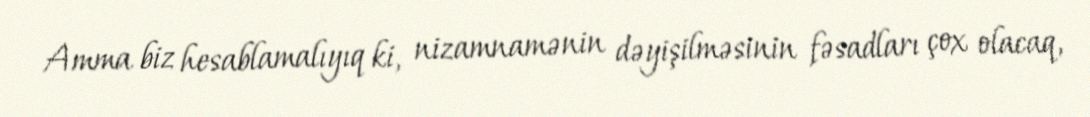
Amma biz hesablamalıyıq ki, nizamnamənin dəyişilməsinin fəsadları çox olacaq,